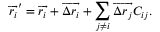
\overrightarrow { r _ { i } } ^ { \prime } = \overrightarrow { r _ { i } } + \overrightarrow { \Delta r _ { i } } + \sum _ { j \neq i } \overrightarrow { \Delta r _ { j } } C _ { i j } .